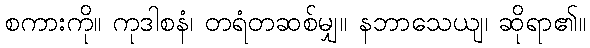
စကားကို။ ကုဒါစနံ၊ တရံတဆစ်မျှ။ နဘာသေယျ၊ ဆိုရာ၏။